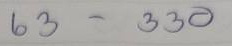
63 - 330